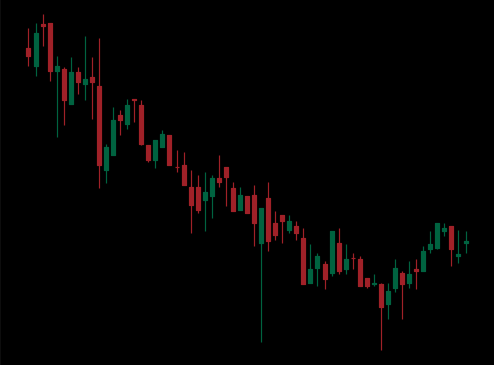
Pattern: bull_flag